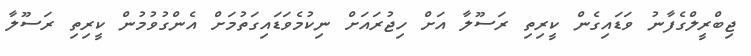
ޖިބްރީލްގެފާނު ވަޑައިގެން ކީރިތި ރަސޫލާ އަށް ހިޖުރައަށް ނިކުމެވަޑައިގަތުމަށް އެންގުވުމުން ކީރިތި ރަސޫލާ